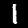
Digit: 1